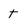
Character: t